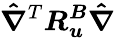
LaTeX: \boldsymbol{\hat{\nabla}}^{T}\boldsymbol{R_{u}^{B}}\boldsymbol{\hat{\nabla}}